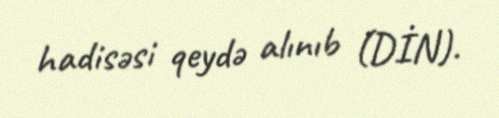
hadisəsi qeydə alınıb (DİN).